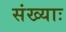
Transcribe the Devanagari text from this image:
संख्याः